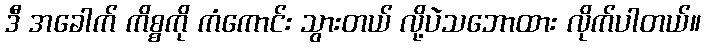
ဒီ အခေါက် ကိစ္စကို ကံကောင်း သွားတယ် လို့ပဲသဘောထား လိုက်ပါတယ်။